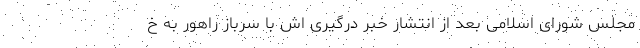
مجلس شورای اسلامی بعد از انتشار خبر درگیری اش با سرباز راهور به خ